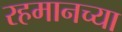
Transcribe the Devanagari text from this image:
रहमानच्या